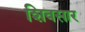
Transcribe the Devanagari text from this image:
शिवसार